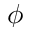
\phi